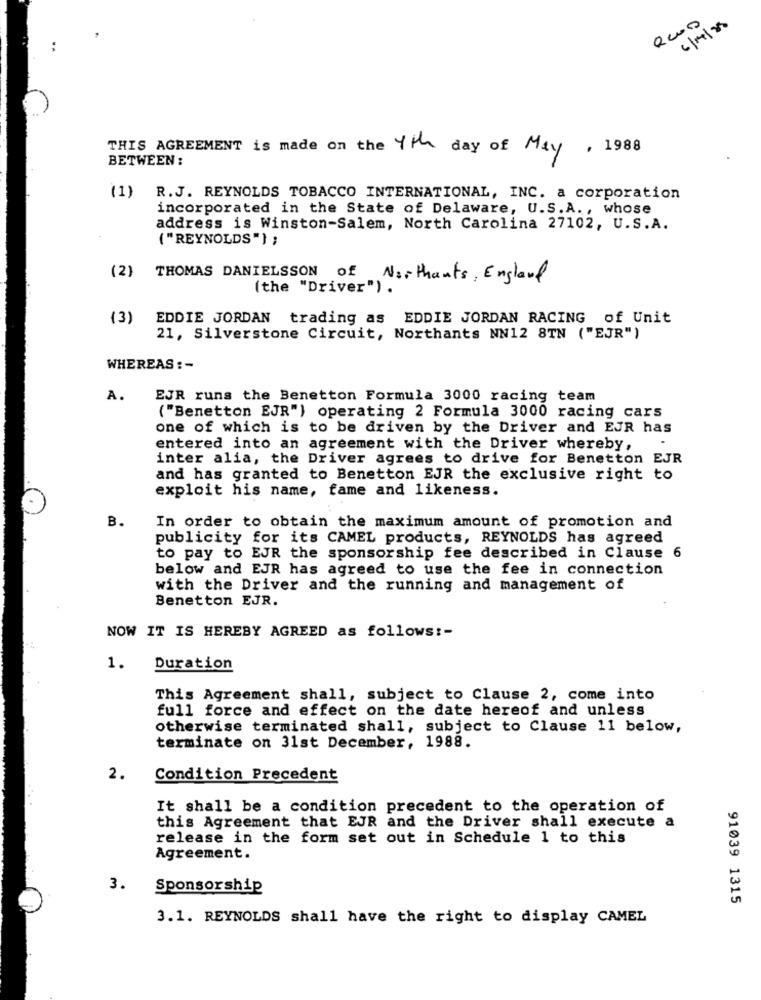
6/1/88
THIS AGREEMENT is made on the 4th day of May , 1988
BETWEEN :
(1)
R.J. REYNOLDS TOBACCO INTERNATIONAL, INC. a corporation
incorporated in the State of Delaware, U.S.A ., whose
address is Winston-Salem, North Carolina 27102, U.S.A.
( "REYNOLDS") ;
(2)
THOMAS DANIELSSON of Northants, England
(the "Driver") .
(3)
EDDIE JORDAN trading as EDDIE JORDAN RACING of Unit
21, Silverstone Circuit, Northants NN12 8TN ("EJR")
WHEREAS : -
A.
EJR runs the Benetton Formula 3000 racing team
("Benetton EJR") operating 2 Formula 3000 racing cars
one of which is to be driven by the Driver and EJR has
entered into an agreement with the Driver whereby,
inter alia, the Driver agrees to drive for Benetton EJR
and has granted to Benetton EJR the exclusive right to
exploit his name, fame and likeness.
B.
In order to obtain the maximum amount of promotion and
publicity for its CAMEL products, REYNOLDS has agreed
to pay to EJR the sponsorship fee described in Clause 6
below and EJR has agreed to use the fee in connection
with the Driver and the running and management of
Benetton EJR.
NOW IT IS HEREBY AGREED as follows :-
1.
Duration
This Agreement shall, subject to Clause 2, come into
full force and effect on the date hereof and unless
otherwise terminated shall, subject to Clause 11 below,
terminate on 31st December, 1988.
2.
Condition Precedent
...
It shall be a condition precedent to the operation of
this Agreement that EJR and the Driver shall execute a
release in the form set out in Schedule 1 to this
Agreement.
3.
Sponsorship
91039 1315
3.1. REYNOLDS shall have the right to display CAMEL